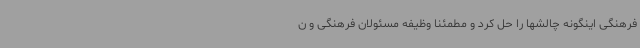
فرهنگی اینگونه چالشها را حل کرد و مطمئنا وظیفه مسئولان فرهنگی و ن